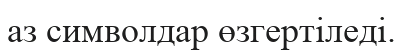
аз символдар өзгертіледі.